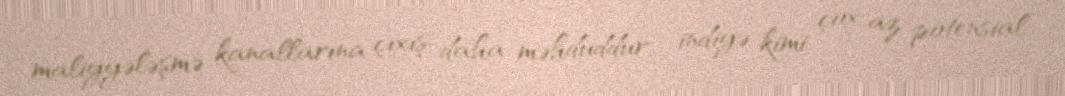
maliyyələşmə kanallarına çıxış daha məhduddur - indiyə kimi çox az potensial